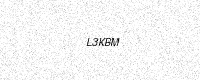
Text: L3KBM